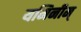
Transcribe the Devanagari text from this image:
यमिनीम्